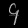
Digit: ၄